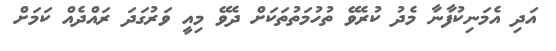
އަދި އެމަނިކުފާނާ މެދު ކުރެވޭ ތުހުމަތުތަކަށް ދެވޭ މިއީ ވަރުގަދަ ރައްދެއް ކަމަށް